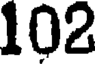
102